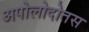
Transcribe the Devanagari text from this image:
अपोलोदोतस